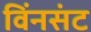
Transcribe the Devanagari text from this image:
विंनसंट